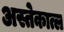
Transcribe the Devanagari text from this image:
अस्तेकात्ल